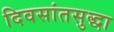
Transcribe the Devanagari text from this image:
दिवसांतसुद्धा